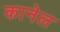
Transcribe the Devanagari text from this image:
कानेल